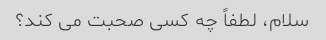
سلام، لطفاً چه کسی صحبت می کند؟